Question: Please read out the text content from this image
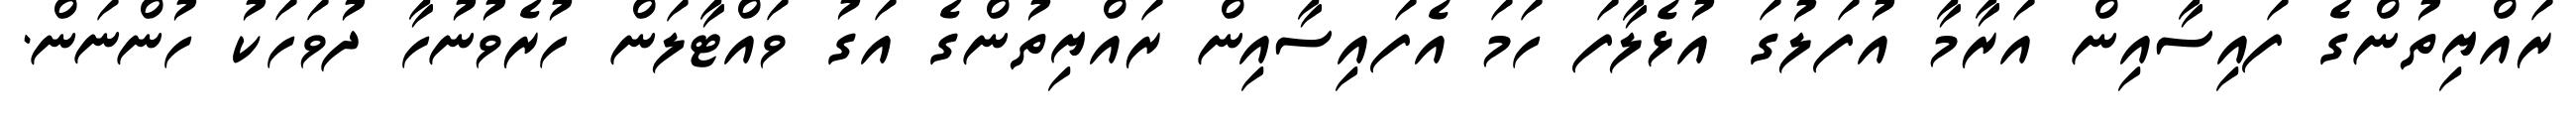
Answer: ރައްޔިތުންގެ ފައިސާއިން އަރާމާ އުފަލުގަ އުޅެލާފަ ހަމަ އެފައިސާއިން ރައްޔިތުންގެ އަގު ވައްޓާލަން ހުރެވުނުހާ ދުވަހަކު ހުންނަން.